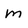
Character: m